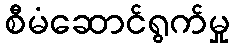
စီမံဆောင်ရွက်မှု